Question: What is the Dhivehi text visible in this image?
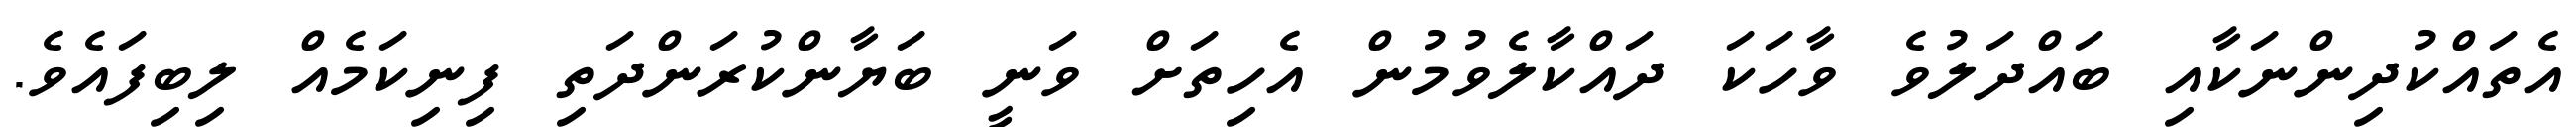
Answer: އެތައްކުދިންނަކާއި ބައްދަލުވެ ވާހަކަ ދައްކާލެވުމުން އެހިތަށް ވަނީ ބަޔާންކުރަންދަތި ފިނިކަމެއް ލިބިފައެވެ.